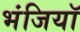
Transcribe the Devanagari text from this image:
भंजियाॅ